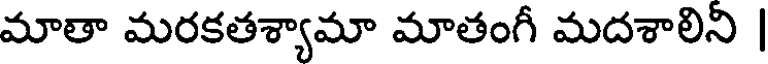
మాతా మరకతశ్యామా మాతంగీ మదశాలిని |